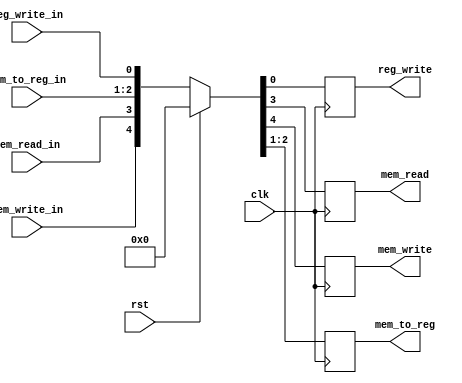
`timescale 1ns/1ns
module EX_MEM_CTRL(clk,rst, mem_write_in, mem_read_in, mem_to_reg_in,
reg_write_in, mem_write,mem_read,
 mem_to_reg, reg_write);
    input clk, rst,mem_read_in, mem_write_in,reg_write_in;
    input [1:0] mem_to_reg_in;
    output reg reg_write,mem_read, mem_write;
    output reg [1:0] mem_to_reg;
    always @(posedge clk) begin
        if (rst)
            {mem_write, mem_read, mem_to_reg, reg_write} <= {1'b0, 1'b0, 2'b00, 1'b0};
        else
            {mem_write, mem_read, mem_to_reg, reg_write} <= {mem_write_in, mem_read_in, mem_to_reg_in, reg_write_in};
    end
endmodule